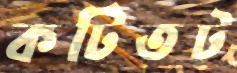
কটিতট